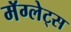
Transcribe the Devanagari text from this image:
मॅग्लेट्स